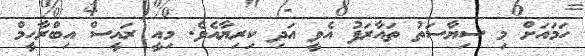
ހަމައަށް މި ސިޔާސަތު ތައާރަފު އެވީ އަދި ކިރިޔާއެވެ. މިއީ ރައީސް އިބްރާހީމް